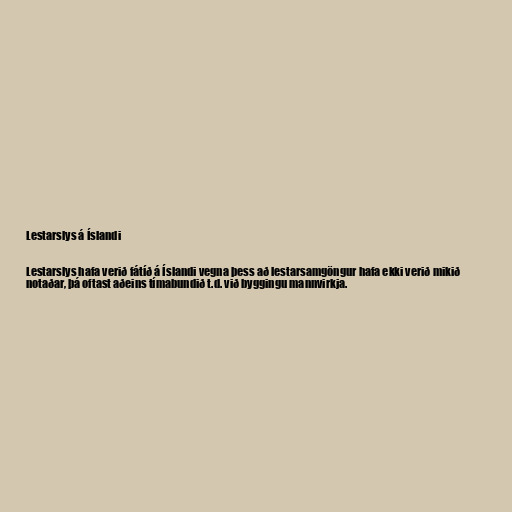
Lestarslys á Íslandi

Lestarslys hafa verið fátíð á Íslandi vegna þess að lestarsamgöngur hafa ekki verið mikið
notaðar, þá oftast aðeins tímabundið t.d. við byggingu mannvirkja.